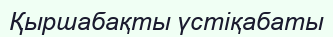
Қыршабақты үстіқабаты